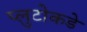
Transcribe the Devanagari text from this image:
प्लुटोकडे